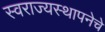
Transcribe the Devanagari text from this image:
स्वराज्यस्थापनेचे